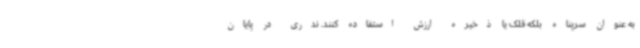
به عنوان سرپناه بلکه قلک یا ذخیره ارزش استفاده کنند. ندری در پایان